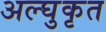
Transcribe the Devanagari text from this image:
अल्घुकृत